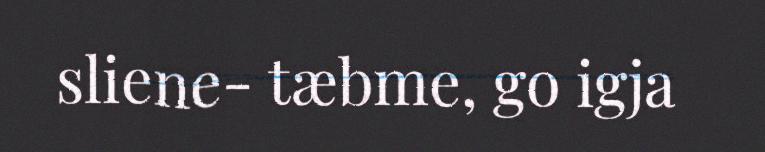
sliene- tæbme, go igja